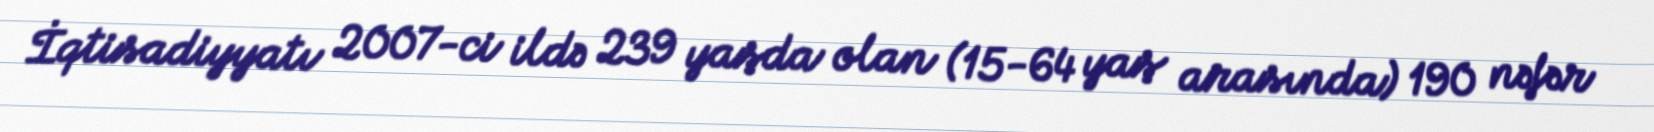
İqtisadiyyatı 2007-ci ildə 239 yaşda olan (15-64 yaş arasında) 190 nəfər